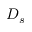
D _ { s }